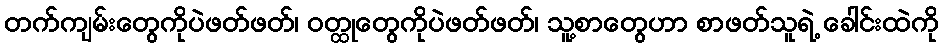
တက်ကျမ်းတွေကိုပဲဖတ်ဖတ်၊ ဝတ္ထုတွေကိုပဲဖတ်ဖတ်၊ သူ့စာတွေဟာ စာဖတ်သူရဲ့ ခေါင်းထဲကို